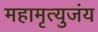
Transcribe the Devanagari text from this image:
महामृत्युजंय